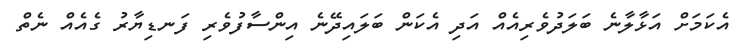
އެކަމަށް އަޅާލާނެ ބަލަދުވެރިއެއް އަދި އެކަން ބަލައިދޭނެ އިންސާފުވެރި ފަނޑިޔާރު ގެއެއް ނެތް